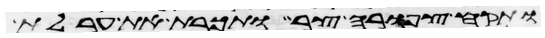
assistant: ותקח צפורה צר ותכרת את ערלת